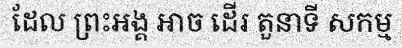
ដែល ព្រះអង្គ អាច ដើរ តួនាទី សកម្ម